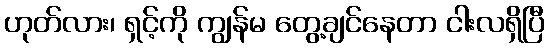
ဟုတ်လား၊ ရှင့်ကို ကျွန်မ တွေ့ချင်နေတာ ငါးလရှိပြီ